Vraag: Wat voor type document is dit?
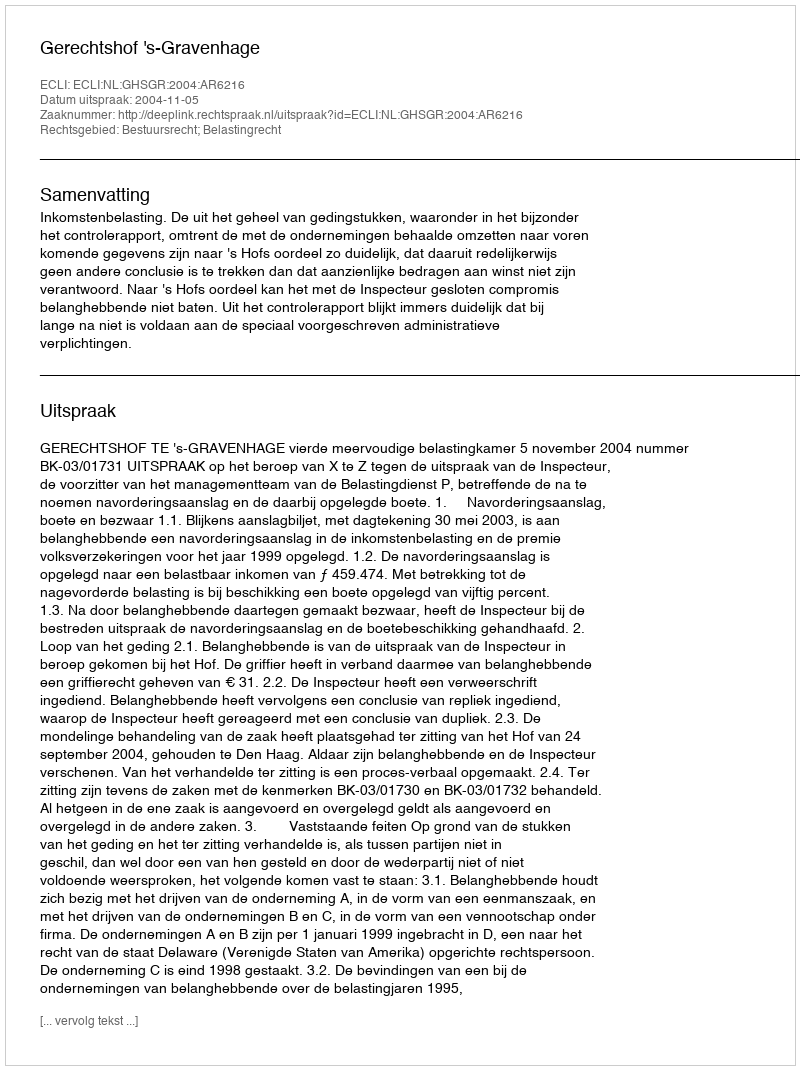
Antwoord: Uitspraak